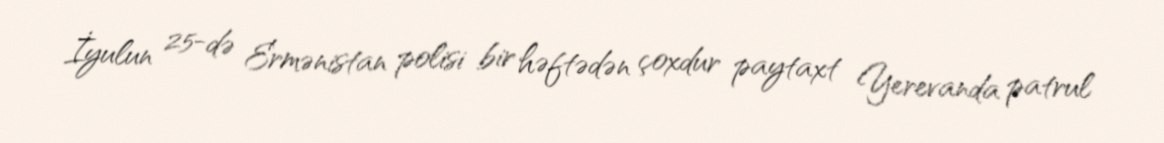
İyulun 25-də Ermənistan polisi bir həftədən çoxdur paytaxt Yerevanda patrul